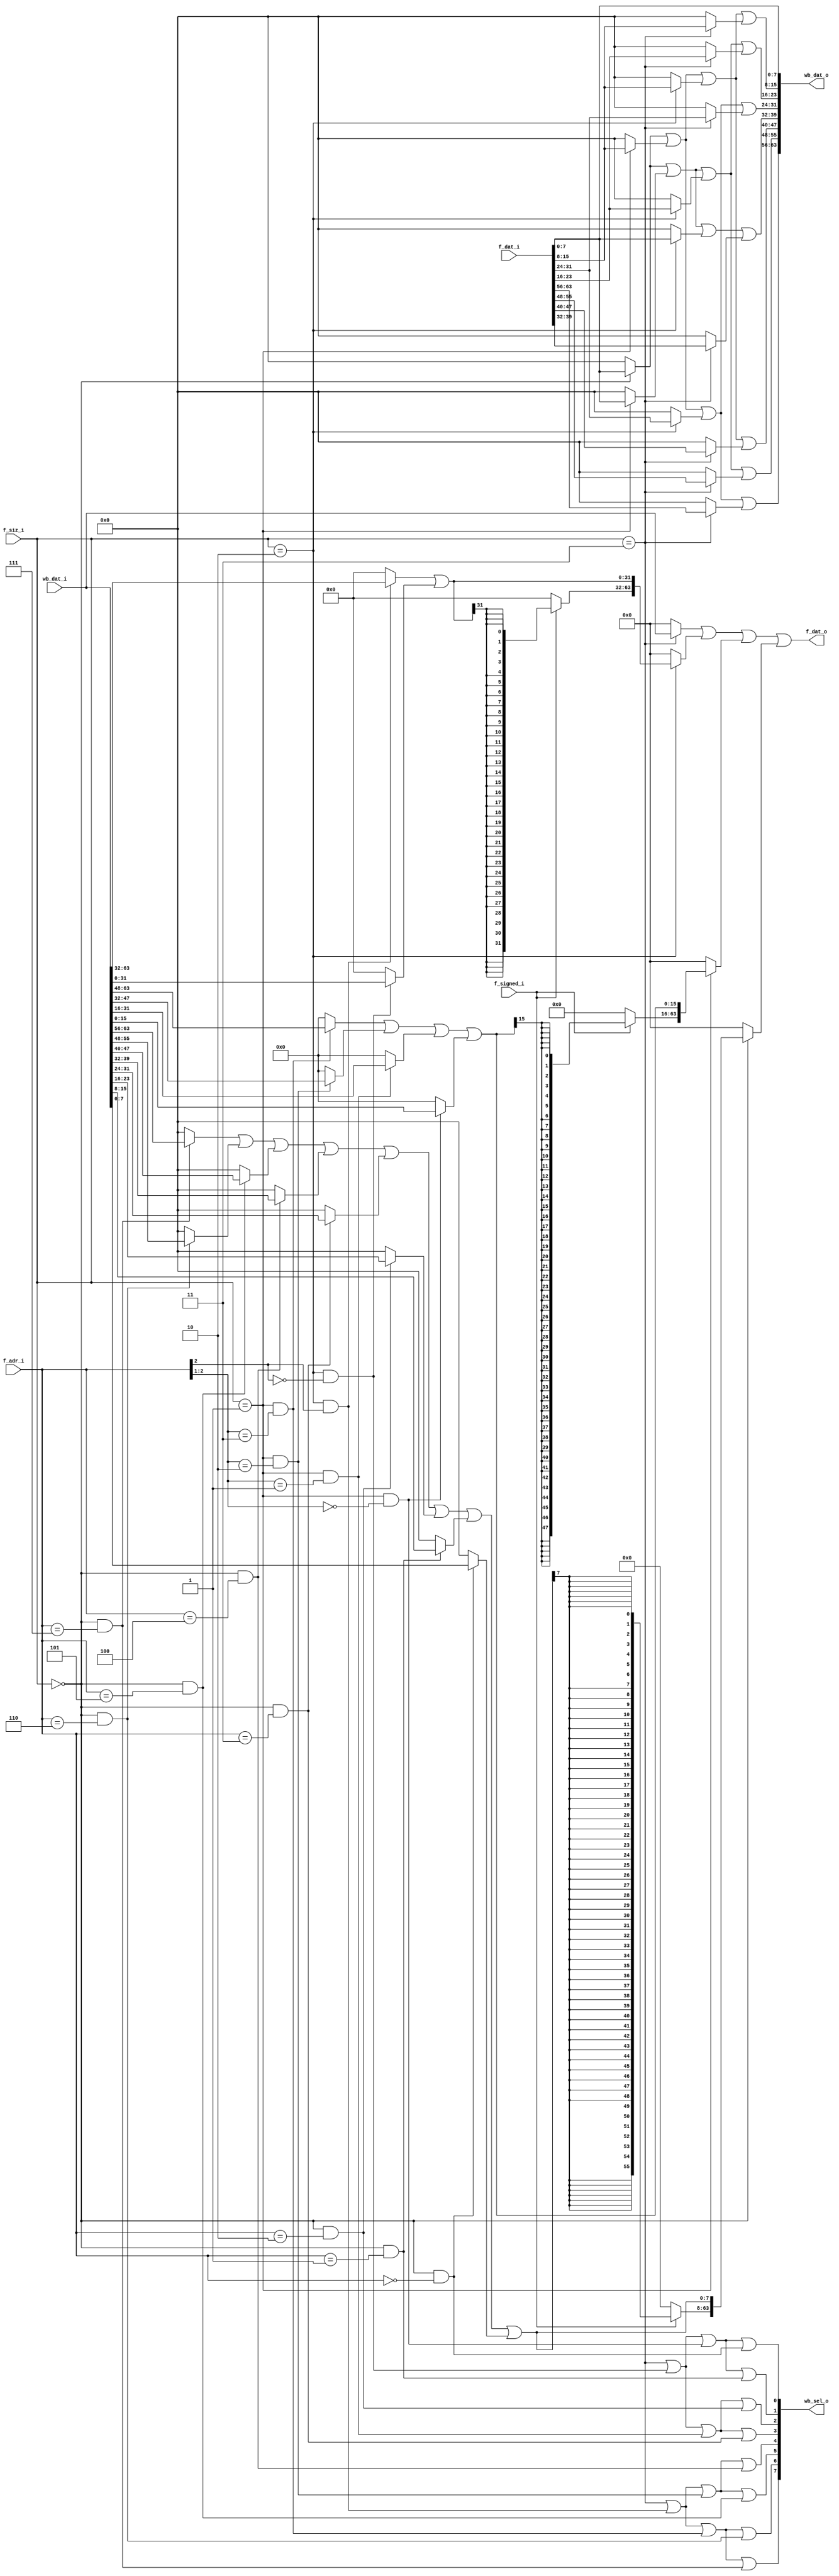
`timescale 1ns / 1ps

// KCP53002 Furcula to Wishbone bus bridge
//
// Note that Furcula is, in reality, a slight modification of Wishbone.
// Since these two interconnects share so many signals in common, the
// interface to the bridge is kept very small.

module bridge(
	// FURCULA BUS
	input		f_signed_i,
	input	[1:0]	f_siz_i,
	input	[2:0]	f_adr_i,
	input	[63:0]	f_dat_i,
	output	[63:0]	f_dat_o,

	// WISHBONE BUS
	output	[7:0]	wb_sel_o,
	output	[63:0]	wb_dat_o,
	input	[63:0]	wb_dat_i
);
	// Wishbone SEL_O signal generation.

	wire size_byte = (f_siz_i == 2'b00);
	wire size_hword = (f_siz_i == 2'b01);
	wire size_word = (f_siz_i == 2'b10);
	wire size_dword = (f_siz_i == 2'b11);

	wire ab7 = f_adr_i[2:0] == 3'b111;
	wire ab6 = f_adr_i[2:0] == 3'b110;
	wire ab5 = f_adr_i[2:0] == 3'b101;
	wire ab4 = f_adr_i[2:0] == 3'b100;
	wire ab3 = f_adr_i[2:0] == 3'b011;
	wire ab2 = f_adr_i[2:0] == 3'b010;
	wire ab1 = f_adr_i[2:0] == 3'b001;
	wire ab0 = f_adr_i[2:0] == 3'b000;

	wire ah3 = f_adr_i[2:1] == 2'b11;
	wire ah2 = f_adr_i[2:1] == 2'b10;
	wire ah1 = f_adr_i[2:1] == 2'b01;
	wire ah0 = f_adr_i[2:1] == 2'b00;

	wire aw1 = f_adr_i[2] == 1'b1;
	wire aw0 = f_adr_i[2] == 1'b0;

	wire den = size_dword;
	wire wen1 = size_word & aw1;
	wire wen0 = size_word & aw0;
	wire hen3 = size_hword & ah3;
	wire hen2 = size_hword & ah2;
	wire hen1 = size_hword & ah1;
	wire hen0 = size_hword & ah0;
	wire ben7 = size_byte & ab7;
	wire ben6 = size_byte & ab6;
	wire ben5 = size_byte & ab5;
	wire ben4 = size_byte & ab4;
	wire ben3 = size_byte & ab3;
	wire ben2 = size_byte & ab2;
	wire ben1 = size_byte & ab1;
	wire ben0 = size_byte & ab0;

	wire sel7 = den | wen1 | hen3 | ben7;
	wire sel6 = den | wen1 | hen3 | ben6;
	wire sel5 = den | wen1 | hen2 | ben5;
	wire sel4 = den | wen1 | hen2 | ben4;
	wire sel3 = den | wen0 | hen1 | ben3;
	wire sel2 = den | wen0 | hen1 | ben2;
	wire sel1 = den | wen0 | hen0 | ben1;
	wire sel0 = den | wen0 | hen0 | ben0;

	assign wb_sel_o = {sel7, sel6, sel5, sel4, sel3, sel2, sel1, sel0};

	// Furcula-to-Wishbone Data Routing

	wire [7:0] od7 =
		(size_byte ? f_dat_i[7:0] : 0) |
		(size_hword ? f_dat_i[15:8] : 0) |
		(size_word ? f_dat_i[31:24] : 0) |
		(size_dword ? f_dat_i[63:56] : 0);

	wire [7:0] od6 =
		(size_byte ? f_dat_i[7:0] : 0) |
		(size_hword ? f_dat_i[7:0] : 0) |
		(size_word ? f_dat_i[23:16] : 0) |
		(size_dword ? f_dat_i[55:48] : 0);

	wire [7:0] od5 =
		(size_byte ? f_dat_i[7:0] : 0) |
		(size_hword ? f_dat_i[15:8] : 0) |
		(size_word ? f_dat_i[15:8] : 0) |
		(size_dword ? f_dat_i[47:40] : 0);

	wire [7:0] od4 =
		(size_byte ? f_dat_i[7:0] : 0) |
		(size_hword ? f_dat_i[7:0] : 0) |
		(size_word ? f_dat_i[7:0] : 0) |
		(size_dword ? f_dat_i[39:32] : 0);

	wire [7:0] od3 =
		(size_byte ? f_dat_i[7:0] : 0) |
		(size_hword ? f_dat_i[15:8] : 0) |
		(size_word ? f_dat_i[31:24] : 0) |
		(size_dword ? f_dat_i[31:24] : 0);

	wire [7:0] od2 =
		(size_byte ? f_dat_i[7:0] : 0) |
		(size_hword ? f_dat_i[7:0] : 0) |
		(size_word ? f_dat_i[23:16] : 0) |
		(size_dword ? f_dat_i[23:16] : 0);

	wire [7:0] od1 =
		(size_byte ? f_dat_i[7:0] : 0) |
		(size_hword ? f_dat_i[15:8] : 0) |
		(size_word ? f_dat_i[15:8] : 0) |
		(size_dword ? f_dat_i[15:8] : 0);

	wire [7:0] od0 = f_dat_i[7:0];

	assign wb_dat_o = {od7, od6, od5, od4, od3, od2, od1, od0};

	// Wishbone to Furcula Data Routing

	wire [31:0] id2 =
			(wen1 ? wb_dat_i[63:32] : 0) |
			(wen0 ? wb_dat_i[31:0] : 0);
	wire [15:0] id1 =
			(hen3 ? wb_dat_i[63:48] : 0) |
			(hen2 ? wb_dat_i[47:32] : 0) |
			(hen1 ? wb_dat_i[31:16] : 0) |
			(hen0 ? wb_dat_i[15:0] : 0);
	wire [7:0] id0 =
			(ben7 ? wb_dat_i[63:56] : 0) |
			(ben6 ? wb_dat_i[55:48] : 0) |
			(ben5 ? wb_dat_i[47:40] : 0) |
			(ben4 ? wb_dat_i[39:32] : 0) |
			(ben3 ? wb_dat_i[31:24] : 0) |
			(ben2 ? wb_dat_i[23:16] : 0) |
			(ben1 ? wb_dat_i[15:8] : 0) |
			(ben0 ? wb_dat_i[7:0] : 0);
	wire [63:32] id2s = (f_signed_i ? {32{id2[31]}} : 32'd0);
	wire [63:16] id1s = (f_signed_i ? {48{id1[15]}} : 48'd0);
	wire [63:8] id0s = (f_signed_i ? {56{id0[7]}} : 56'd0);

	assign f_dat_o =
		(size_dword ? wb_dat_i : 0) |
		(size_word ? {id2s, id2} : 0) |
		(size_hword ? {id1s, id1} : 0) |
		(size_byte ? {id0s, id0} : 0);
endmodule